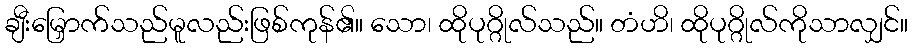
ချီးမြှောက်သည်မူလည်းဖြစ်ကုန်၏။ သော၊ ထိုပုဂ္ဂိုလ်သည်။ တံဟိ၊ ထိုပုဂ္ဂိုလ်ကိုသာလျှင်။